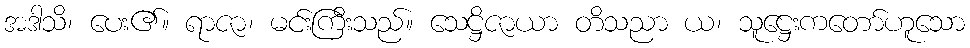
အဒါသိ၊ ပေး၏။ ရာဇာ၊ မင်းကြီးသည်။ သေဋ္ဌိဇာယာ တိသညာ ယ၊ သူဋ္ဌေးကတော်ဟူသော